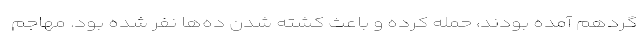
گردهم آمده بودند، حمله کرده و باعث کشته شدن ده‌ها نفر شده بود. مهاجم